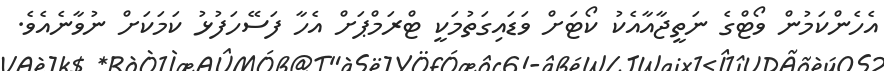
އެހެންކަމުން ވޯޓްގެ ނަތީޖާއާއެކު ކޯޓަށް ވަޑައިގަތުމަކީ ޓްރަމްޕަށް އެހާ ފަސޭހަފުޅު ކަމަކަށް ނުވާނެއެވެ.